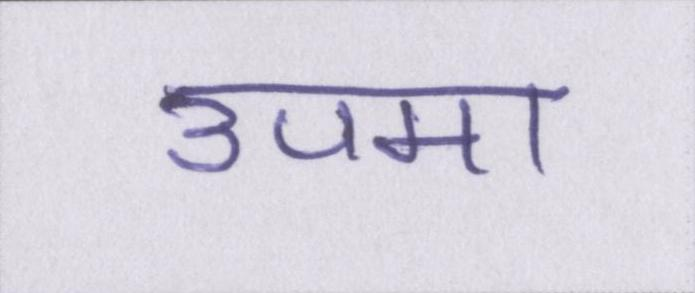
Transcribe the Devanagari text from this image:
उपमा